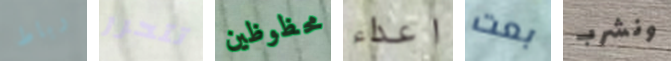
رباط تتحرر محظوظين اعداء بعت ونشرب